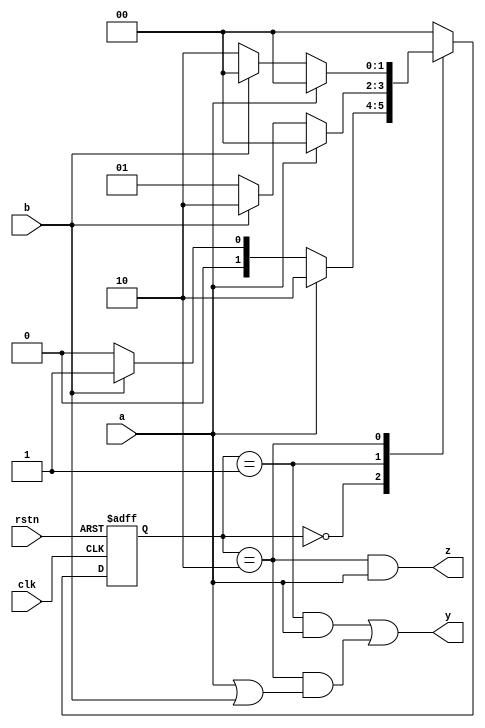
module vending_machine(
    input clk,rstn,
    input a,b,
    output y,z
);
    reg [1:0] state;
    always @(posedge clk or negedge rstn) begin
        if(!rstn) state<=0;
        else case(state)
        0: state<=a?2:(b?1:0);
        1: state<=a?0:(b?2:1);
        2: state<=a?0:(b?0:2);
        default:state<=0;
        endcase
    end
    assign y=((state==1)&a)|((state==2)&(a|b));
    assign z=(state==2)&a;
endmodule

//